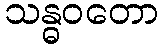
သန္ဓဝတော